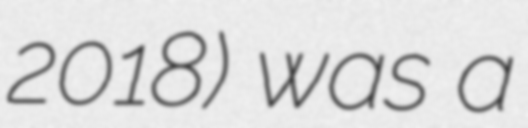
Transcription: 2018) was a